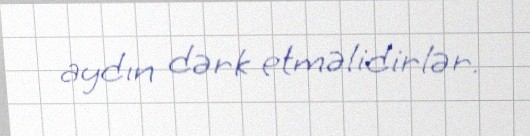
aydın dərk etməlidirlər.